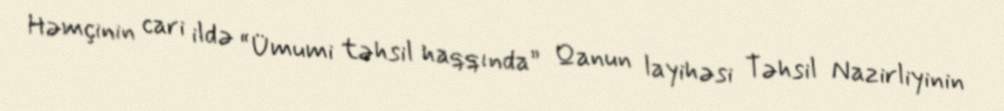
Həmçinin cari ildə “Ümumi təhsil haqqında” Qanun layihəsi Təhsil Nazirliyinin